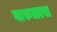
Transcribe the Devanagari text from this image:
वारुळास